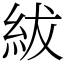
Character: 紱